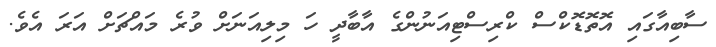
ސާބިއާގައި އޮތޮޑޮކްސް ކްރިސްޓިއަނުންގެ އާބާދީ ހަ މިލިއަނަށް ވުރެ މައްޗަށް އަރަ އެވެ.